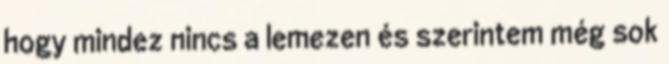
hogy mindez nincs a lemezen és szerintem még sok